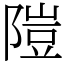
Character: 隑